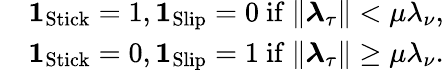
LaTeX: \begin{array}{rl}&{{\mathbf 1}_{\mathrm{Stick}}=1,{\mathbf 1}_{\mathrm{Slip}}=0\ \mathrm{if}\ \| \boldsymbol\lambda_{\tau}\| <\mu\lambda_{\nu},}\\ &{{\mathbf 1}_{\mathrm{Stick}}=0,{\mathbf 1}_{\mathrm{Slip}}=1\ \mathrm{if}\ \| \boldsymbol\lambda_{\tau}\| \ge\mu\lambda_{\nu}.}\end{array}